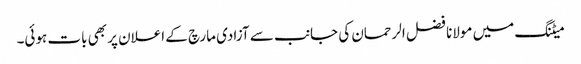
میٹنگ میں مولانا فضل الرحمان کی جانب سے آزادی مارچ کے اعلان پر بھی بات ہوئی۔